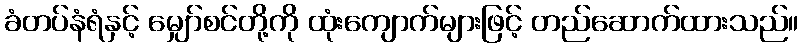
ခံတပ်နံရံနှင့် မျှော်စင်တို့ကို ထုံးကျောက်များဖြင့် တည်ဆောက်ထားသည်။